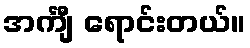
အင်္ကျီ ရောင်းတယ်။